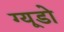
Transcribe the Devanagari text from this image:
ग्यूडो